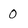
Character: 0